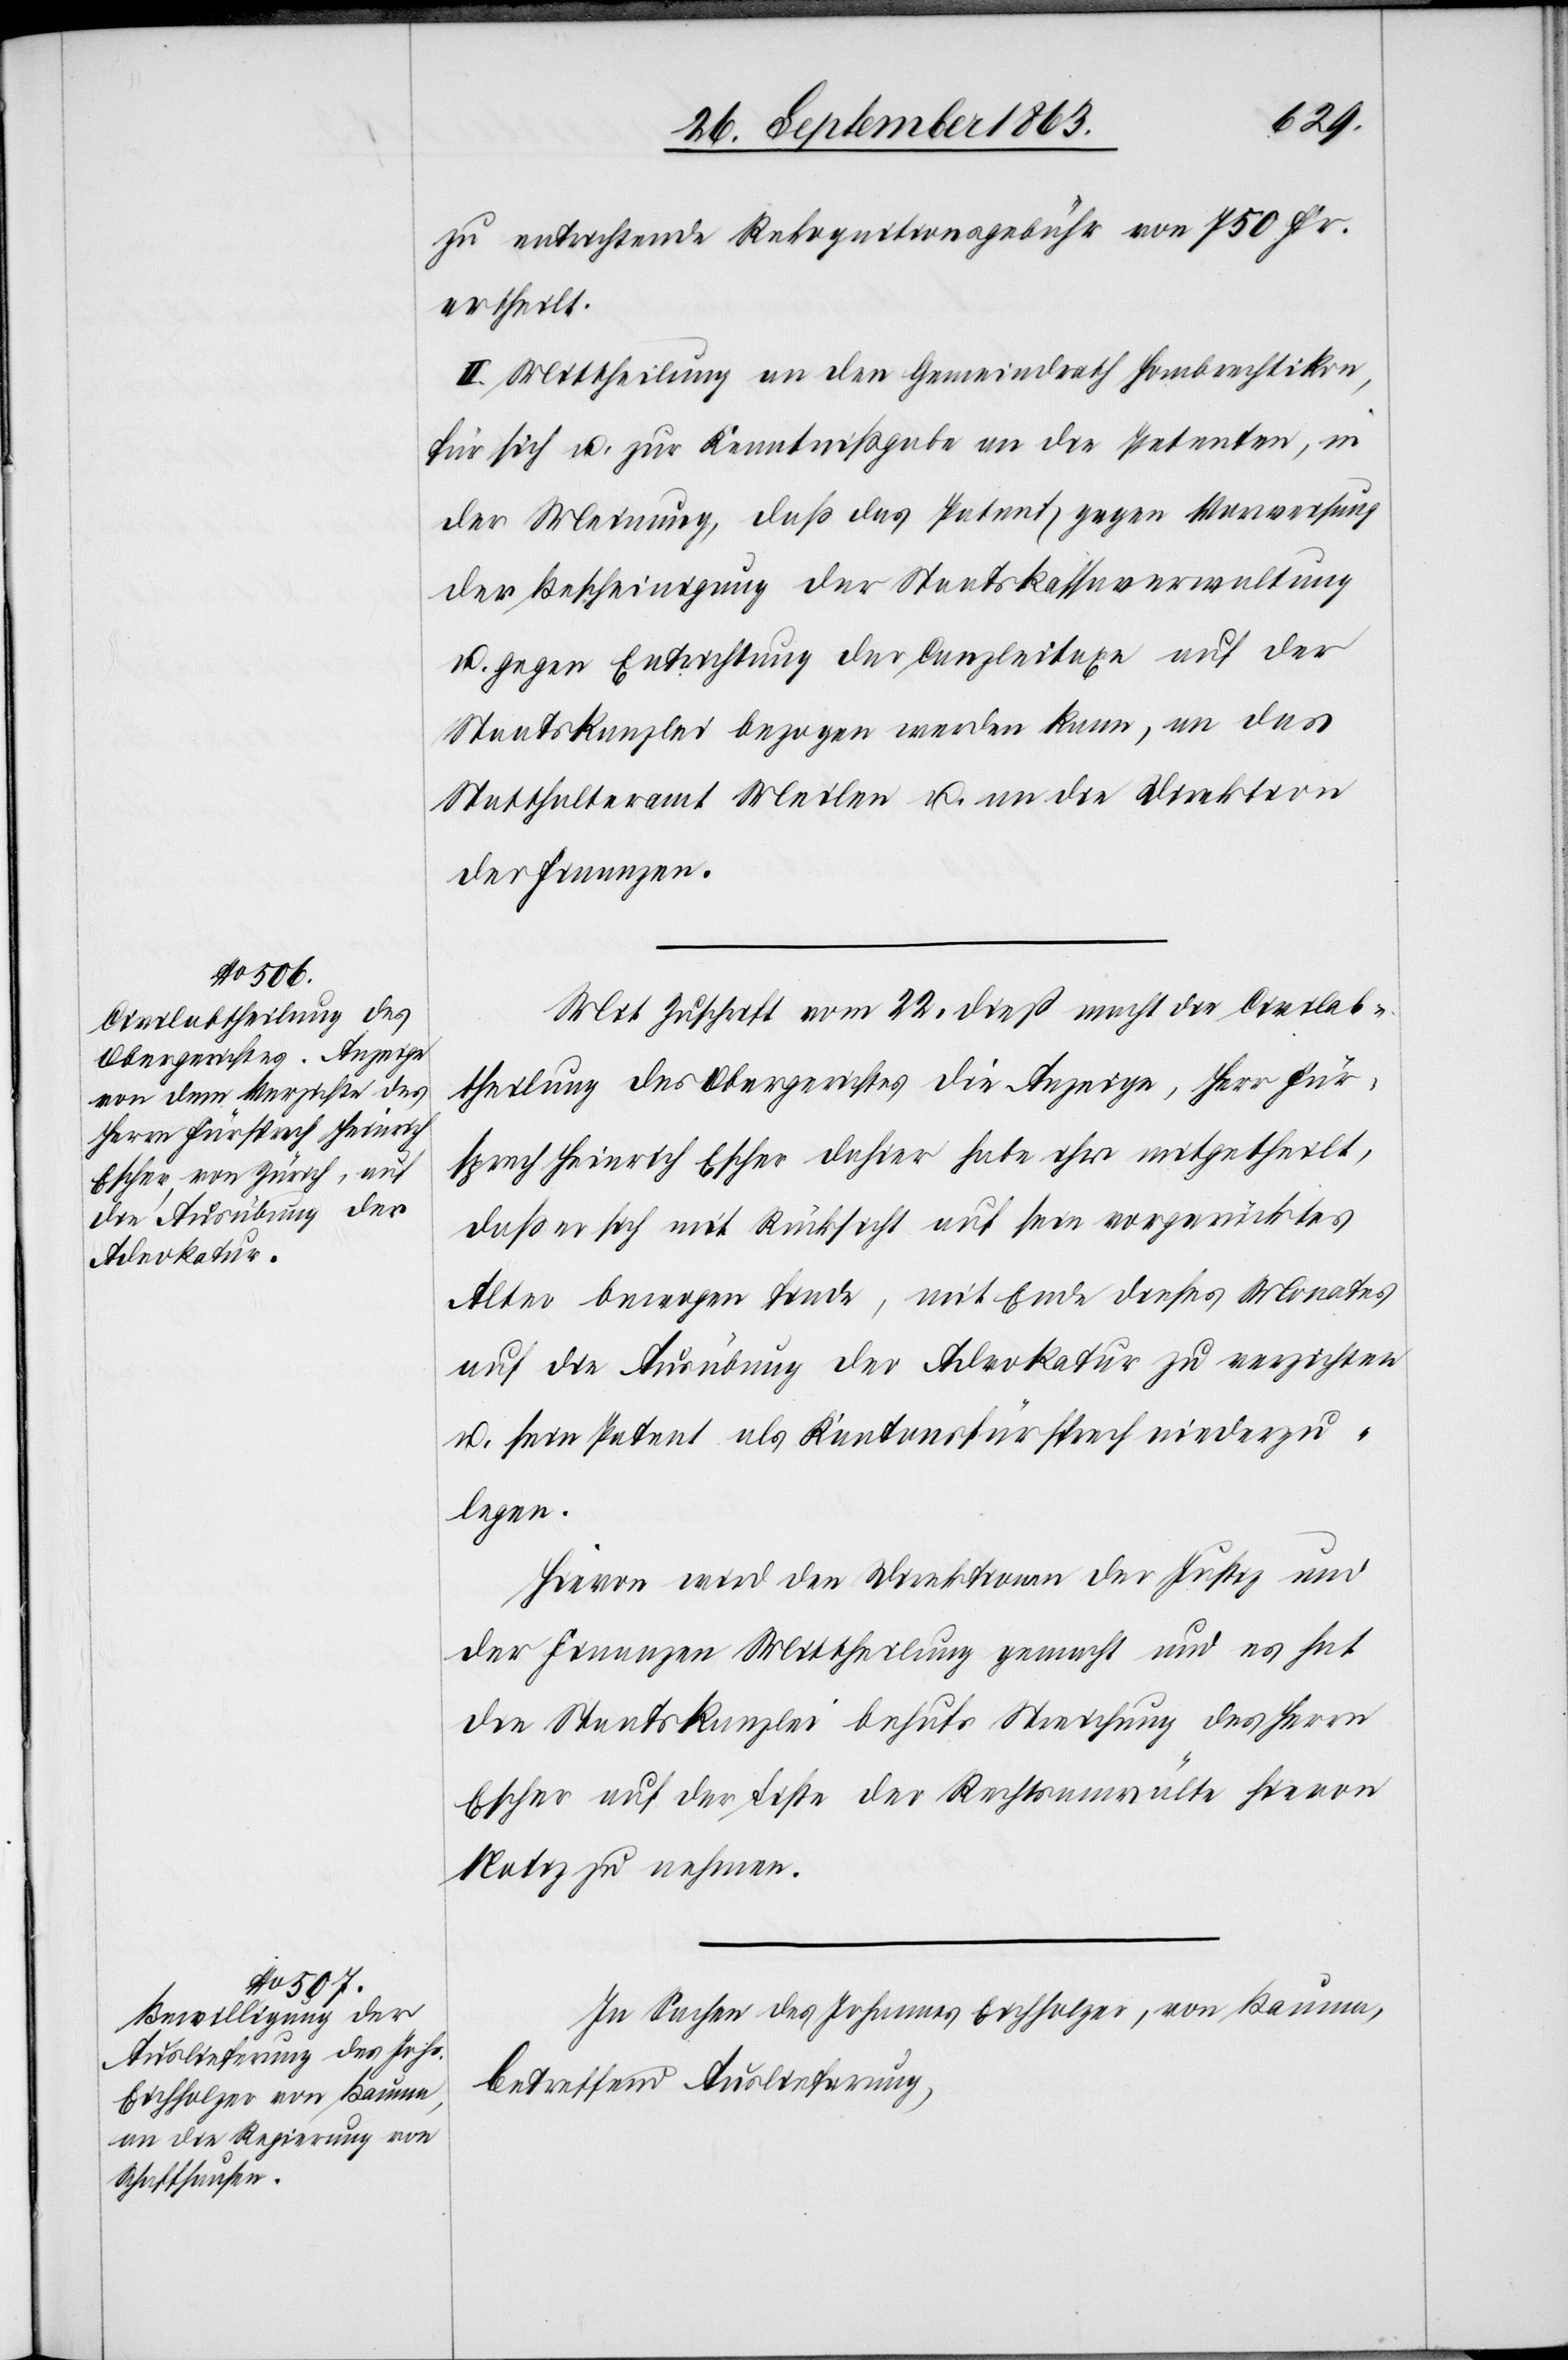
zu entrichtende Rekognitionsgebühr von 750 Fr.
ertheilt.
II. Mittheilung an den Gemeindrath Hombrechtikon,
für sich u. zur Kenntnißgabe an die Petenten, in
der Meinung, daß das Patent gegen Vorweisung
der Bescheinigung der Staatskassaverwaltung
u. gegen Entrichtung der Canzleitaxe auf der
Staatskanzlei bezogen werden kann, an das
Statthalteramt Meilen u. an die Direktion
der Finanzen.
Mit Zuschrift vom 22. dieß macht die Civilab¬
theilung des Obergerichtes die Anzeige, Herr Für¬
sprech Heinrich Escher dahier habe ihr mitgetheilt,
daß er sich mit Rücksicht auf sein vorgerücktes
Alter bewogen finde, mit Ende dieses Monates
auf die Ausübung der Advokatur zu verzichten
u. sein Patent als Kantonsfürsprech niederzu¬
legen.
Hievon wird den Direktionen der Justiz und
der Finanzen Mittheilung gemacht und es hat
die Staatskanzlei behufs Streichung des Herrn
Escher auf der Liste der Rechtsanwälte hievon
Notiz zu nehmen.
In Sachen des Johannes Eichholzer, von Bauma,
betreffend Auslieferung,